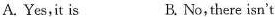
A. Yes,it is B. No, there isn't